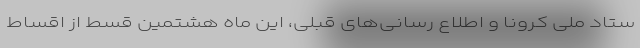
ستاد ملی کرونا و اطلاع رسانی‌های قبلی، این ماه هشتمین قسط از اقساط